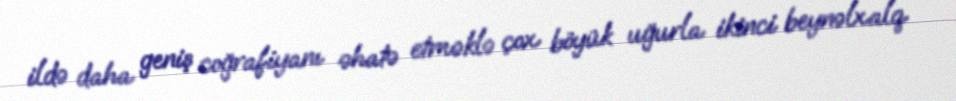
ildə daha geniş coğrafiyanı əhatə etməklə çox böyük uğurla ikinci beynəlxalq